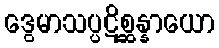
ဒွေမာသပ္ပဋိစ္ဆန္နာယော